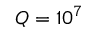
Q = 1 0 ^ { 7 }